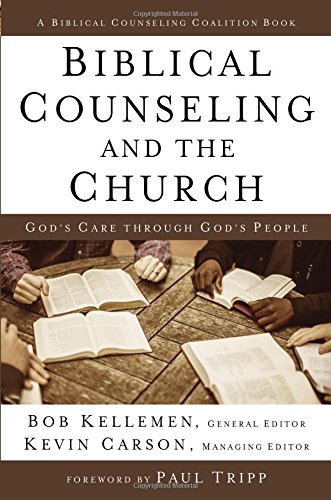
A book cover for Biblical Counseling and the Church: God's Care Through God's People; Bob Kellemen; Christian Books & Bibles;